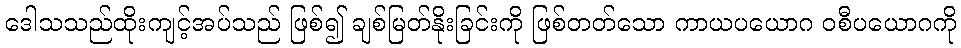
ဒေါသသည်ထိုးကျင့်အပ်သည် ဖြစ်၍ ချစ်မြတ်နိုးခြင်းကို ဖြစ်တတ်သော ကာယပယောဂ ဝစီပယောဂကို